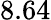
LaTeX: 8.64